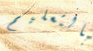
بالتعليم